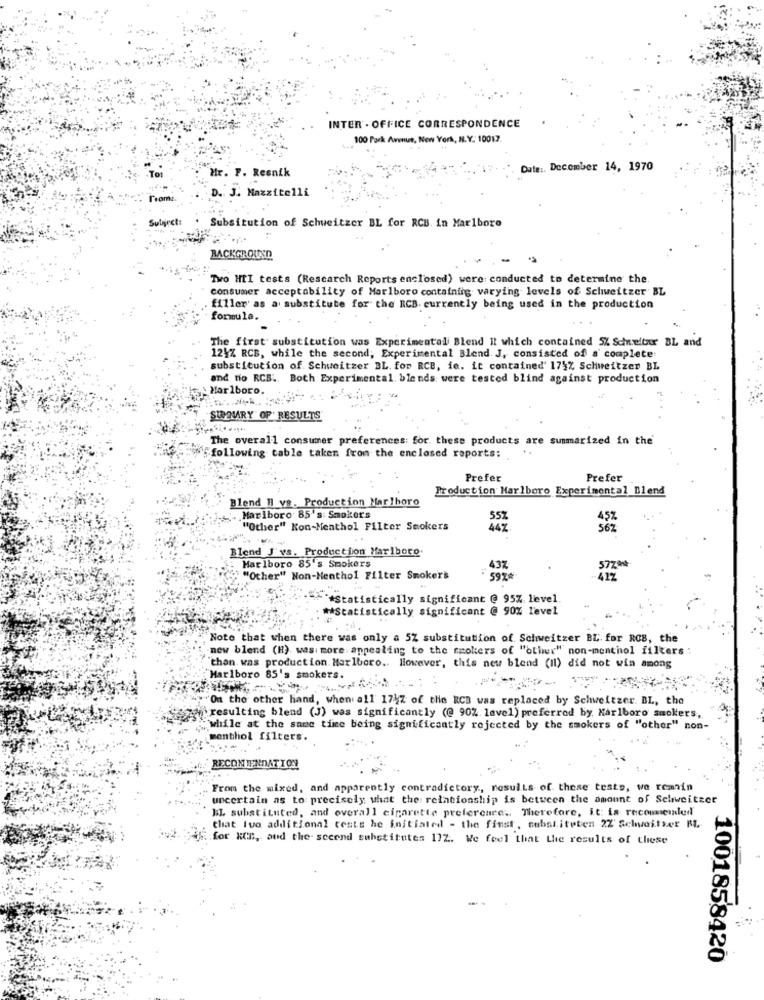
INTER . OFFICE CORRESPONDENCE
100 Park Avenue, New York, N.Y. 10017.
To:
Mr. F. Resnik
Date :. December 14, 1970
D. J. Mazzitelli
Subject:
Subsitution of Schweitzer BL for RCB. in Marlboro
BACKGROUND
Two HII tests (Rescarch Reports enclosed) were conducted to determine the.
consumer acceptability of Marlboro containing varying levels of Schweitzer BL
filler' as a substitute for the RCB. currently being used in the production
formula.
The first substitution was Experimental Blend Il which contained 5% Schweltar BL and
124% RCB, while the second, Experimental Blend J, consisted of a complete:
substitution of Schweitzer BL. for RCB, ie. it contained' 175% Schweitzer BL
and no RCB ., Both Experimental. blends were tested blind against production
Marlboro.
SUMMARY OF' RESULTS
The overall consumer preferences: for these products are summarized in the
"following table taken from the enclosed reports:
Prefer
Prefer
Production Marlboro Experimental Blend
Blend HI vs. Production Marlboro
Marlboro 85's Smokers
45%
"Other" Kon-Menthol Filter Smokers
567
Blend J'vs. Production Marlboro.
Marlboro 85's Smokers
43%
5779
"Other" Non-Menthol Filter Smoker's
5978
417
** Statistically significant @ 95% level
** Statistically significant @ 90% level
Note that when there was only a 5Z substitution of Schweitzer BL. for ROB, the
new blend (H) was: more appealing to the smokers of "other" non-menthol filters
than was production Marlboro .. However, this new blend (Il) did not win among
Marlboro 85's smokers.
"""On the other hand, when all 1747 of the RCB was replaced by Schweitzer BL, the
ain resulting blend (J) was significantly (@ 90%. lavel) preferred by. Marlboro smokers,
while at the same time being significantly rejected by the smokers of "other" non-
menthol filters.
From the mixed, and apparently contradictory, results of these tests, we remain
uncertain as to precisely what the relationship is between the amount of Schweitzer
BL substituted, and overall cigarette prefercare .. Therefore, it is recommended
that ivo additional ceste he initiated - the finst, subaliteten 2Z' Schweitzer RL
for KCD, and the- secend substitutes 17Z. We feel that the results of these
1001858420